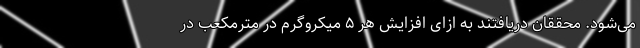
می‌شود. محققان دریافتند به ازای افزایش هر ۵ میکروگرم در مترمکعب در